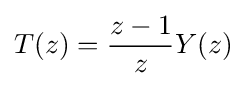
T(z)={\dfrac {z-1}{z}}Y(z)